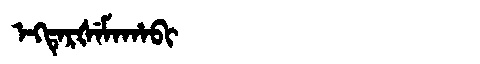
Manchu: ᡝᡴᡨᡝᡵᡧᡝᠮᠠᡥᠠᠪᡳ
Romanization: EKTERŠEMAHABI